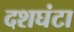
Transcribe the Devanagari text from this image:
दशघंटा